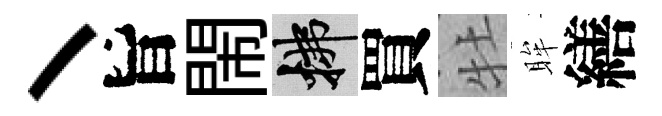
丶旨閙拂買牡眸繕